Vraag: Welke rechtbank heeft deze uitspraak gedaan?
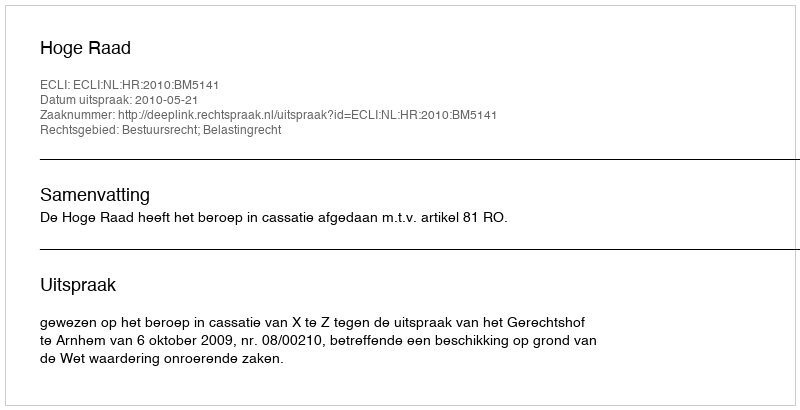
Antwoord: Hoge Raad